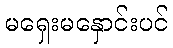
မရှေးမနှောင်းပင်